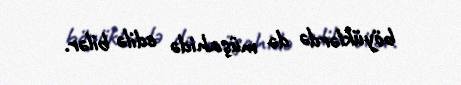
böyüklərdə də müşahidə edilə bilər.